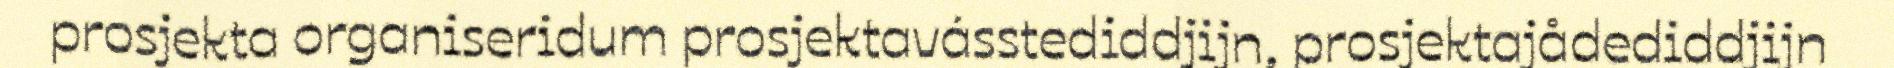
prosjekta organiseridum prosjektavásstediddjijn, prosjektajådediddjijn